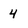
Character: 4